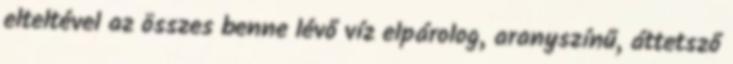
elteltével az összes benne lévő víz elpárolog, aranyszínű, áttetsző